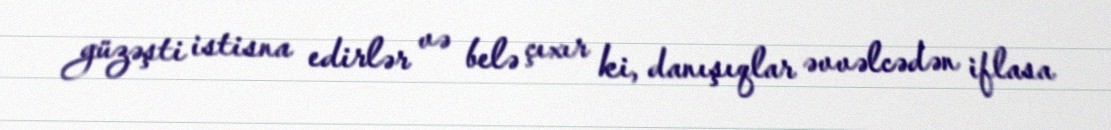
güzəşti istisna edirlər və belə çıxır ki, danışıqlar əvvəlcədən iflasa